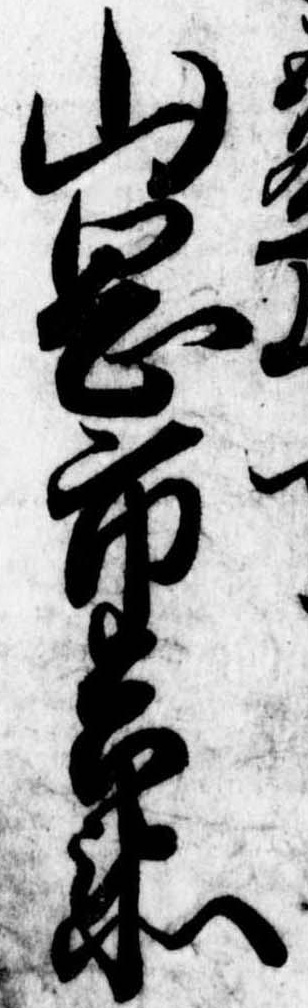
上丁山岡市兵衛